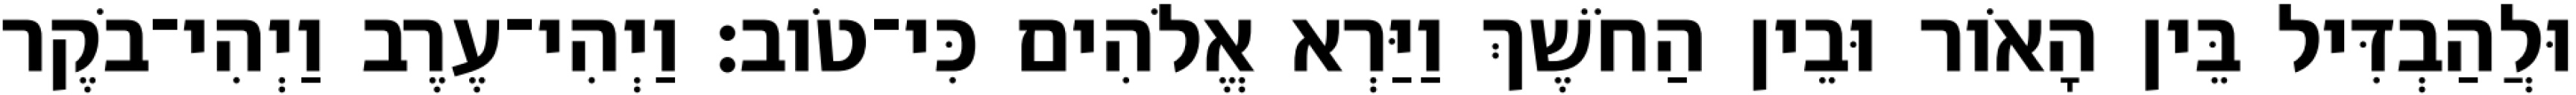
וּלֲהַבְדִּיל בֵּין הָאֹור וּבֵין הַחֹשֶׁךְ וַיַּרְא אֱלֹהִים כִּי־טֹוב׃ וַיְהִי־עֶרֶב וַיְהִי־בֹקֶר